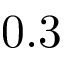
0 . 3